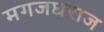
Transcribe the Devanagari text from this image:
मगजधराज